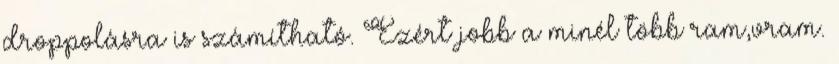
droppolásra is számítható. Ezért jobb a minél több ram,vram.